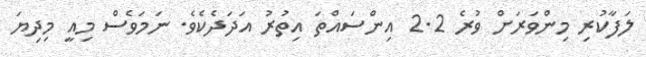
ލަފާކުރި މިންވަރަށް ވުރެ 2.2 އިންސައްތަ އިތުރު އަދަދެކެވެ. ނަމަވެސް މިއީ މިދިޔަ